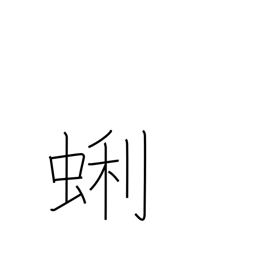
Meaning: a kind of bivalve